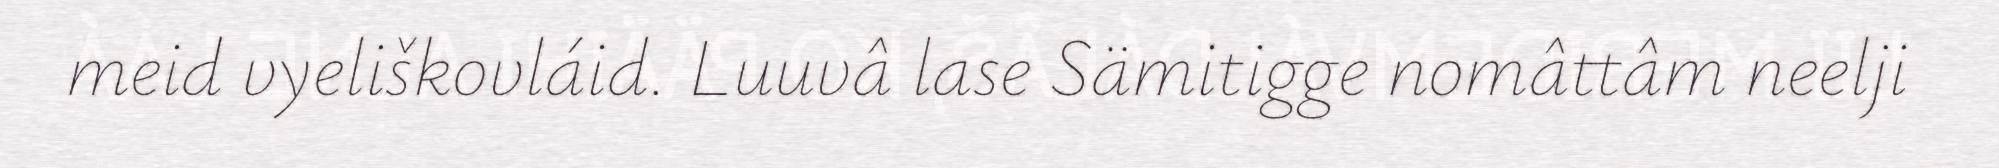
meid vyeliškovláid. Luuvâ lase Sämitigge nomâttâm neelji